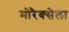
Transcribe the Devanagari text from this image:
मोरैक्सेला